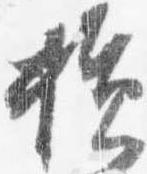
損